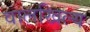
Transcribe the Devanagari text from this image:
वालखिल्‍य